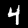
Label: 4